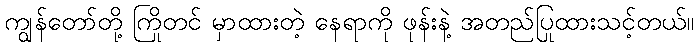
ကျွန်တော်တို့ ကြိုတင် မှာထားတဲ့ နေရာကို ဖုန်းနဲ့ အတည်ပြုထားသင့်တယ်။